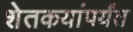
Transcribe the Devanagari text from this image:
शेतकयांपर्यंत